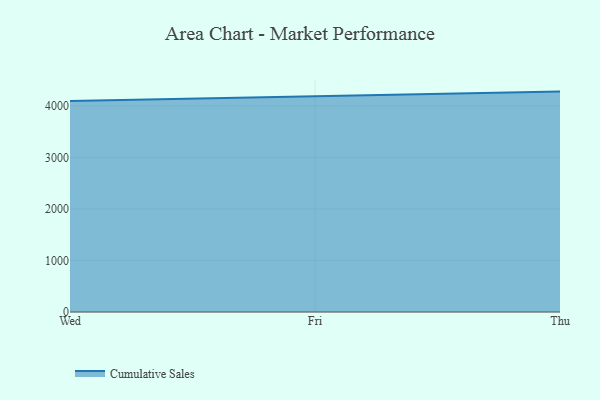
{"axis": {"x": "Day", "y": "Gross Profit (USD K)"}, "legend": ["Cumulative Sales"], "data": [{"x": "Wed", "y": 4094.2, "type": "Cumulative Sales"}, {"x": "Fri", "y": 4190.6, "type": "Cumulative Sales"}, {"x": "Thu", "y": 4274.6, "type": "Cumulative Sales"}]}